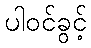
ပါဝင်ခွင့်